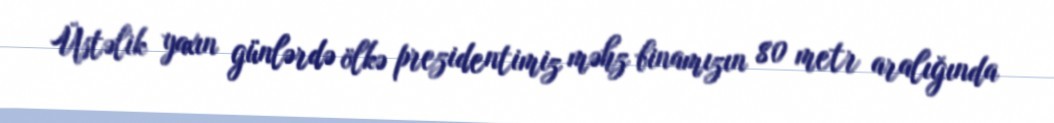
Üstəlik yaxın günlərdə ölkə prezidentimiz məhz binamızın 80 metr aralığında